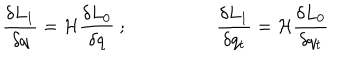
{ \frac { \delta L _ { 1 } } { \delta q } } = { \cal H } { \frac { \delta L _ { 0 } } { \delta q } } ~ ; ~ { \frac { \delta L _ { 1 } } { \delta q _ { t } } } = { \cal H } { \frac { \delta L _ { 0 } } { \delta q _ { t } } } \nonumber